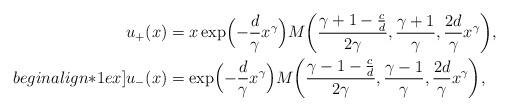
LaTeX: \begin{align*}u_+(x) &= x\exp\Bigl(-\frac{d}{\gamma}x^\gamma\Bigr)M\biggl(\frac{\gamma+1-\frac{c}{d}}{2\gamma},\frac{\gamma+1}{\gamma},\frac{2d}{\gamma}x^\gamma\biggr),\\begin{align*}1ex]u_-(x) &= \exp\Bigl(-\frac{d}{\gamma}x^\gamma\Bigr)M\biggl(\frac{\gamma-1-\frac{c}{d}}{2\gamma},\frac{\gamma-1}{\gamma},\frac{2d}{\gamma}x^\gamma\biggr),\end{align*}